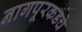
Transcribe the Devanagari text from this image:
नागपूरकडचे